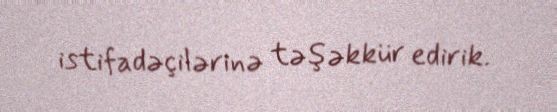
istifadəçilərinə təşəkkür edirik.